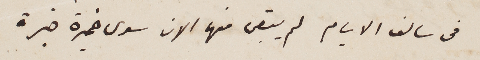
في سالف الايام لم يبقى منها الان سوى خميرة خبرة